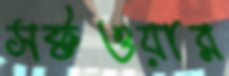
সফ্টওয়ার